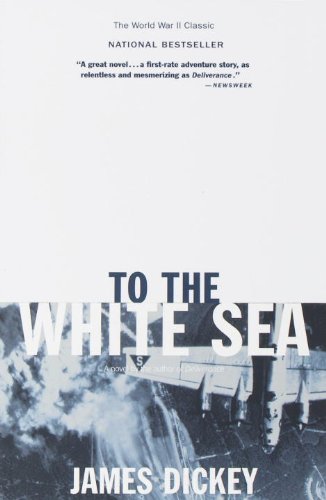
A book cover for To the White Sea (Delta World War II Library); James Dickey; Literature & Fiction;